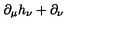
\partial _ { \mu } h _ { \nu } + \partial _ { \nu }